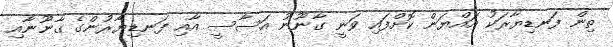
ތިން ފަނޑިޔާރަކު އައްޔަން ކޮށްފައި ވަނީ ގާނޫނު އަސާސީ އާއި ފަނޑިޔާރުންގެ ގާނޫނާއި